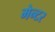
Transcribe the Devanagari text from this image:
मेन्टर